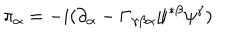
\pi _ { \alpha } = - i ( \partial _ { \alpha } - \Gamma _ { \gamma \beta \alpha } \psi ^ { * \beta } \psi ^ { \gamma } )